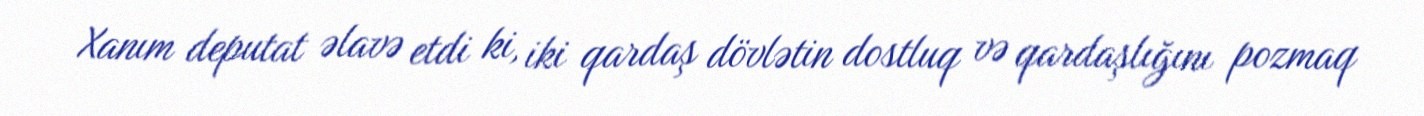
Xanım deputat əlavə etdi ki, iki qardaş dövlətin dostluq və qardaşlığını pozmaq